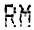
RM